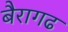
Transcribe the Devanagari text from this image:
बैरागढ